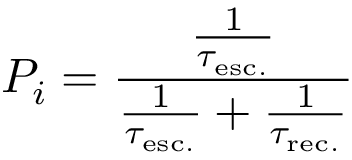
P _ { i } = { \frac { \frac { 1 } { \tau _ { \mathrm { e s c . } } } } { { \frac { 1 } { \tau _ { \mathrm { e s c . } } } } + { \frac { 1 } { \tau _ { \mathrm { r e c . } } } } } }